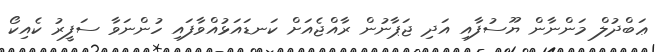
ޢަބްދުލް މަންނާން ޔޫސުފާއި އަދި ޖަޕާނުން ރާއްޖެއަށް ކަނޑައަޅުއްވާފައި ހުންނަވާ ސަފީރު ކެއިކޯ